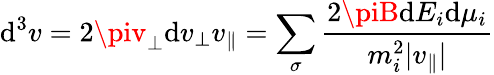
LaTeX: \mathrm{d}^{3}v=2\piv_{\perp}\mathrm{d}v_{\perp}v_{\| }=\sum_{\sigma}\frac{{2\piB\mathrm{d}E_{i}\mathrm{d}\mu_{i}}}{{m_{i}^{2}|v_{\| }|}}